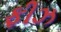
ફીઝ